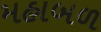
મહાબળ